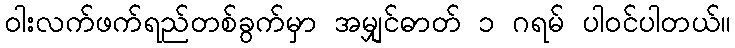
ဝါးလက်ဖက်ရည်တစ်ခွက်မှာ အမျှင်ဓာတ် ၁ ဂရမ် ပါဝင်ပါတယ်။